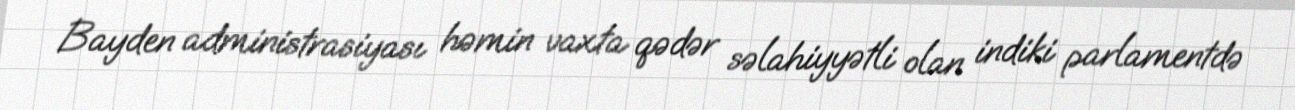
Bayden administrasiyası həmin vaxta qədər səlahiyyətli olan indiki parlamentdə